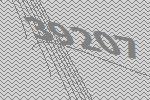
39207